Leningradi_Edasi_toimetus, lk 46
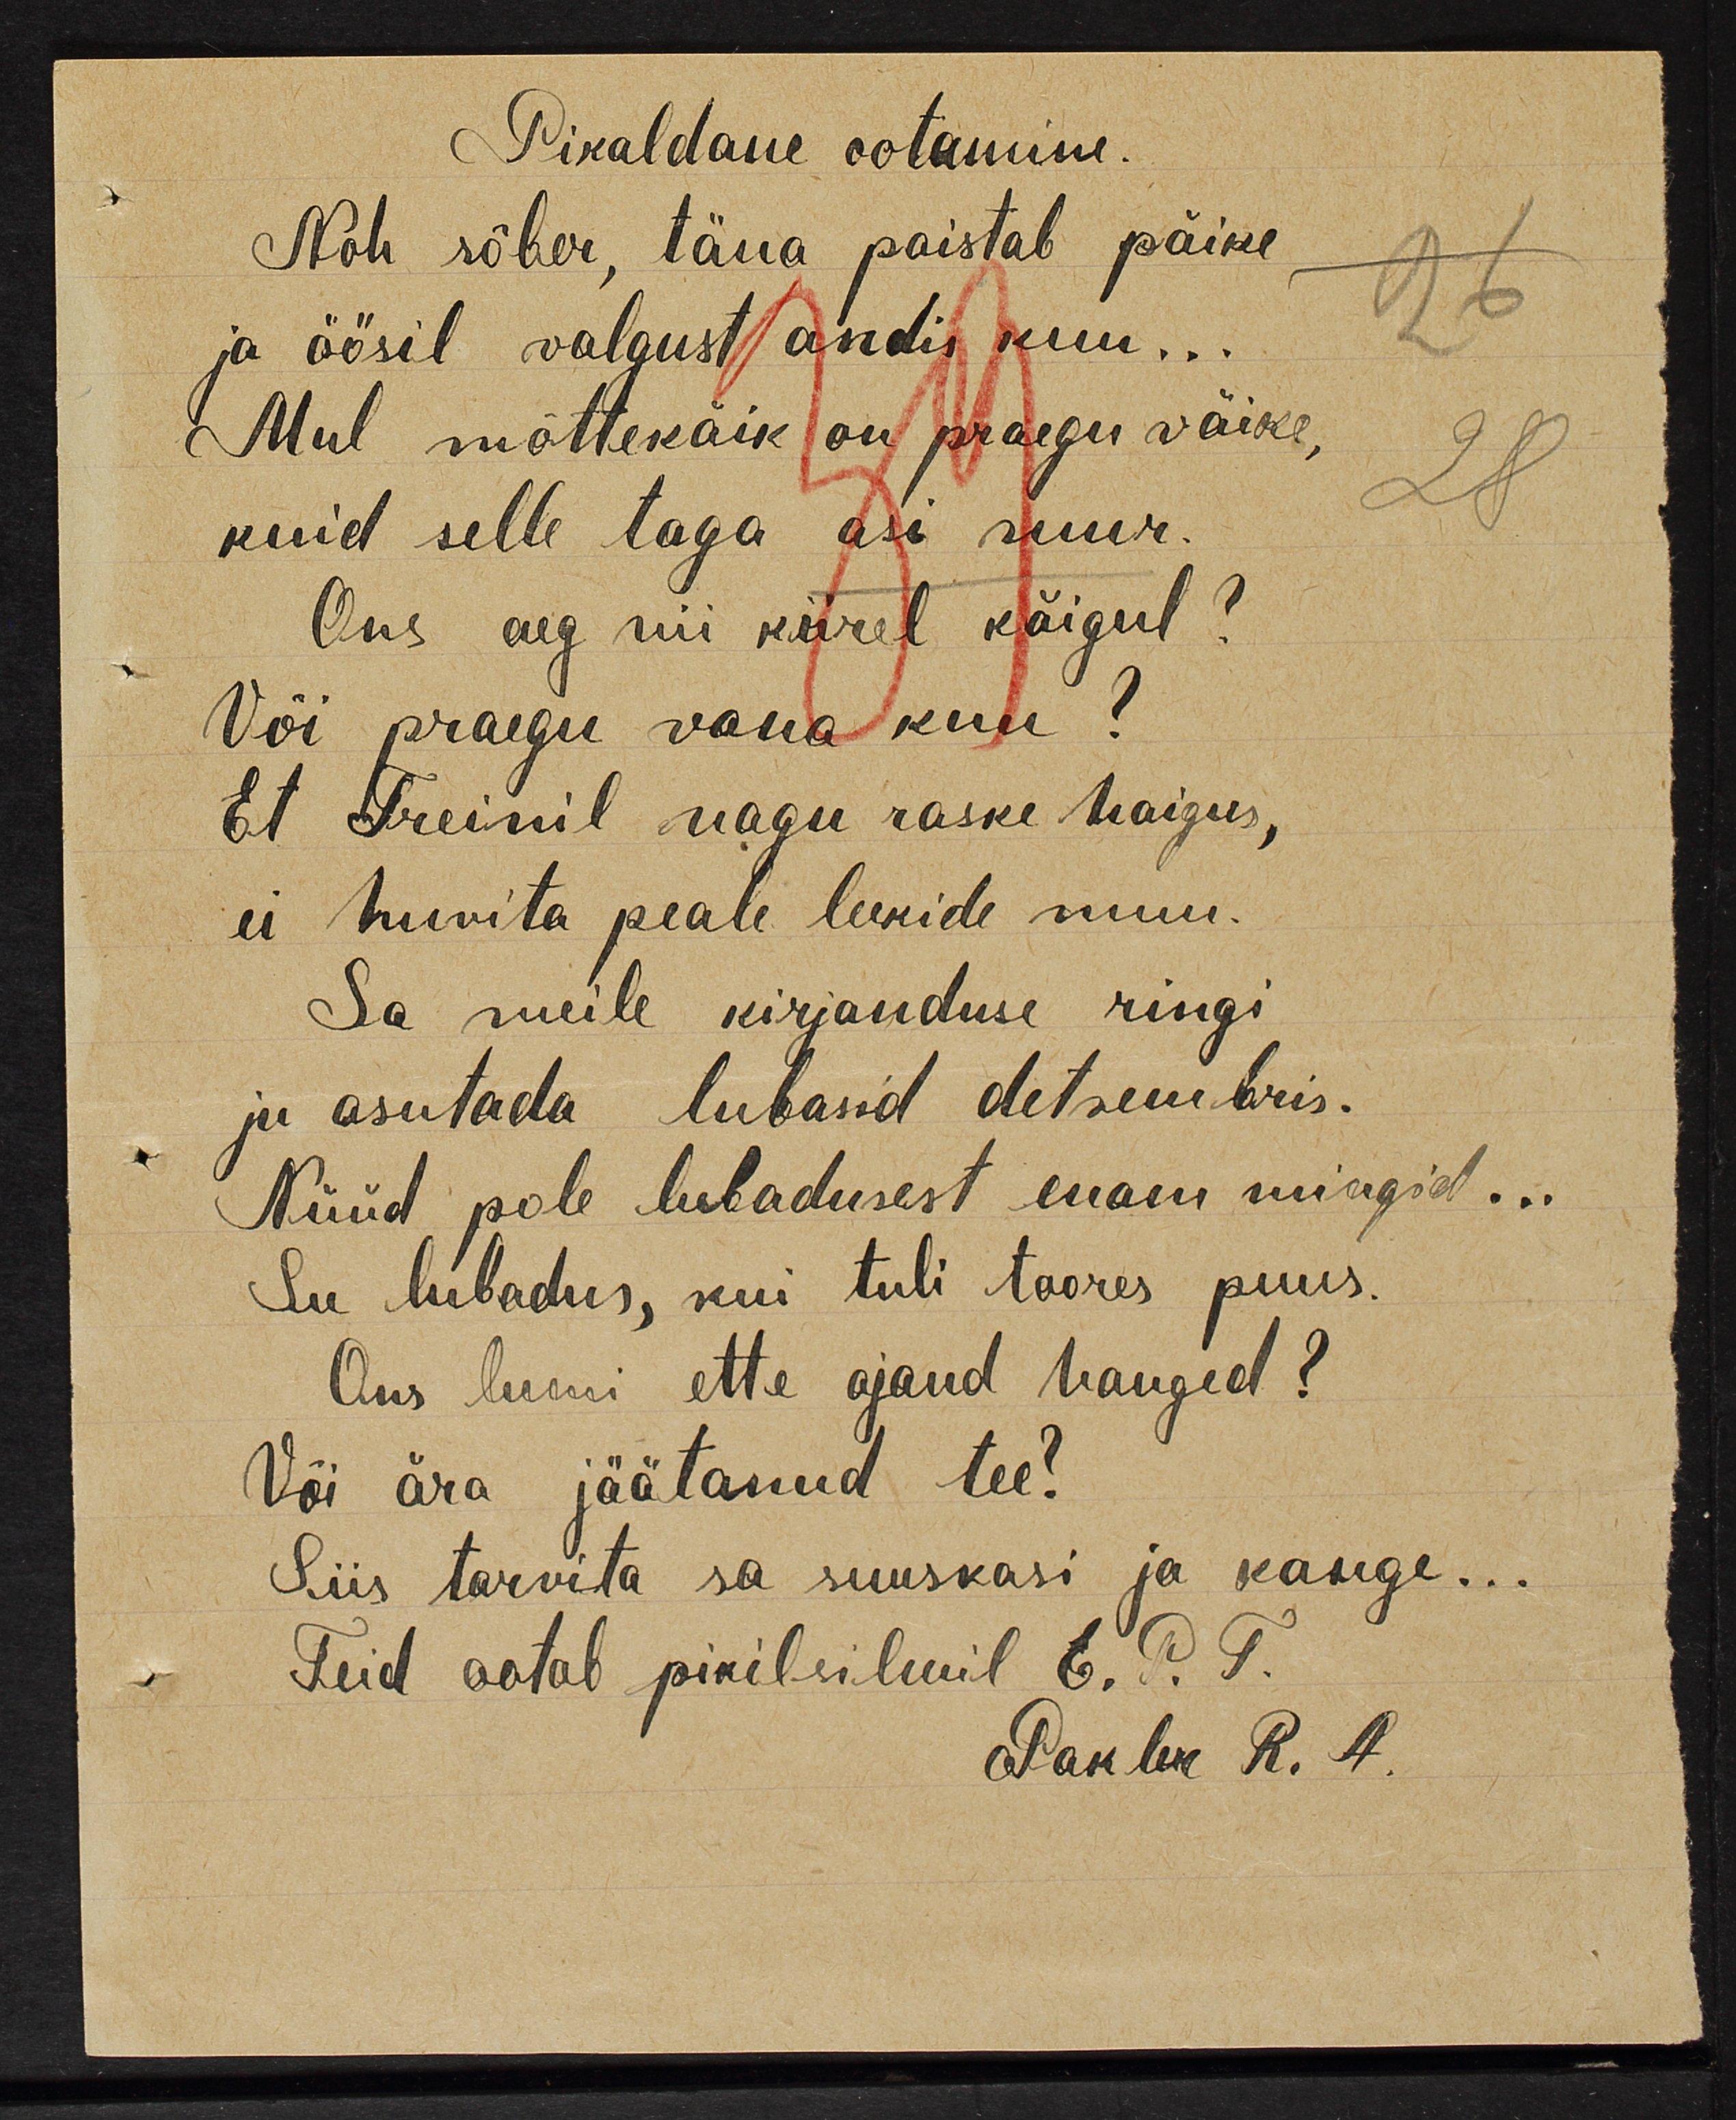
Pikaldane ootamine.
Noh sõber, täna paistab päike 
ja öösil valgust andis kuu...
Mul mõttekäik on praegu väike,
kuid selle taga asi suur.
Ons aeg nii kiirel käigul?
Või praegu vana kuu?
Et Treinil nagu raske haigus,
ei huvita peale leekide muu.
Sa meile kirjanduse ringi
ju asutada lubasid detsembris.
Nüüd pole lubadusest enam mingid...
Su lubadus, kui tuli toores puus.
Ons lumi ette ajand hanged?
Või ära jäätanud tee?
Siis tarvita sa suuskasi ja kange...
Teid ootab pikisilmil E.P.T.
Pakler R. A.